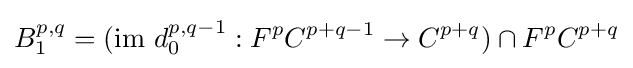
B_{1}^{p,q}=({\mbox{im }}d_{0}^{p,q-1}:F^{p}C^{p+q-1}\rightarrow C^{p+q})\cap F^{p}C^{p+q}